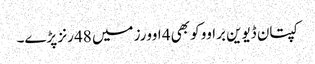
کپتان ڈیوین براوو کو بھی 4 اوورز میں 48 رنز پڑے۔